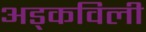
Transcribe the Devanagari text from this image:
अड्कविली